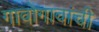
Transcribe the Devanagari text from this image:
गावोगावांची